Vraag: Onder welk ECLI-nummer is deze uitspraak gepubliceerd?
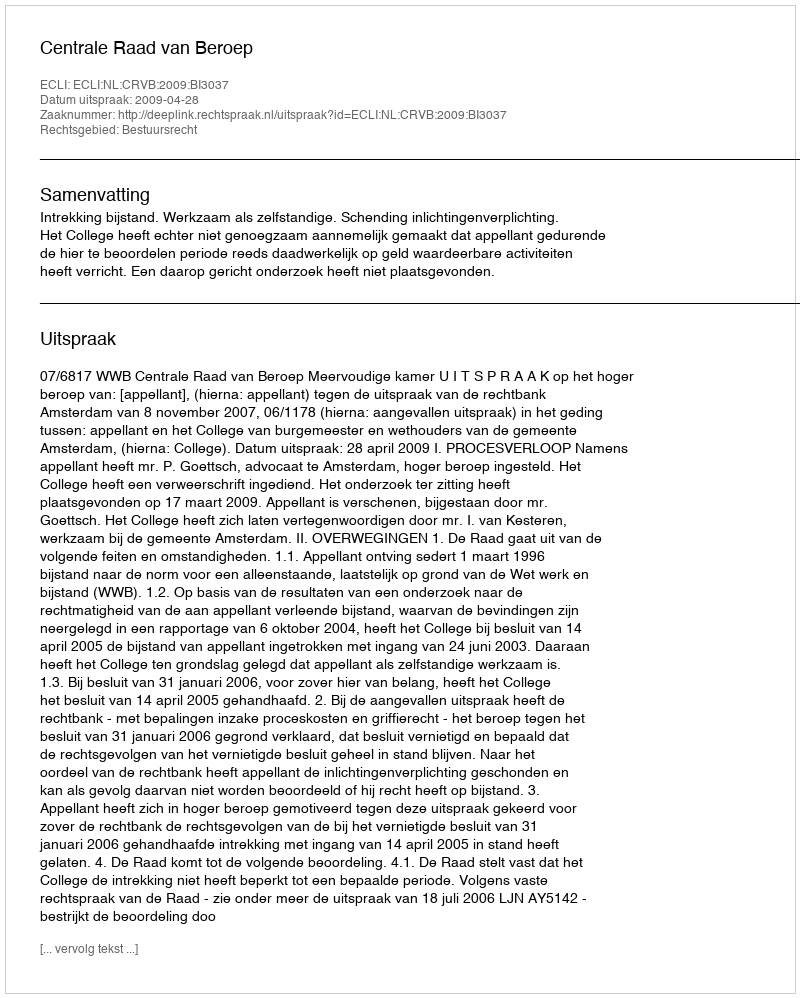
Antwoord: ECLI:NL:CRVB:2009:BI3037